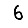
Digit: 6